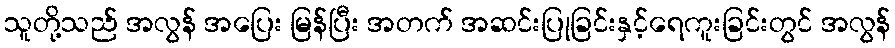
သူတို့သည် အလွန် အပြေး မြန်ပြီး အတက် အဆင်းပြုခြင်းနှင့်ရေကူးခြင်းတွင် အလွန်